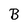
Character: B